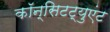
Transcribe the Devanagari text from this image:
कॉन्सिटट्युएंट